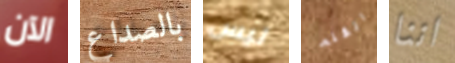
الآن بالصداع ليس القلم اننا